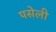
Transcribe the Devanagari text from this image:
पसेली